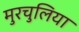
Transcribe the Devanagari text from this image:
मुरचुलिया